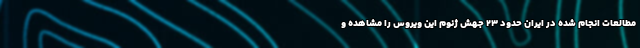
مطالعات انجام شده در ایران حدود ۲۳ جهش ژنوم این ویروس را مشاهده و